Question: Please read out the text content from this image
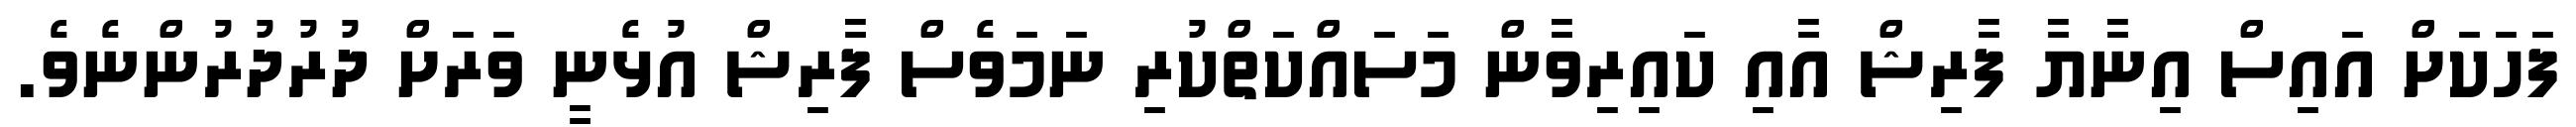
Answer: ފަހަކަށް އައިސް އިނާޔާ ފާރިޝް އާއި ކައިރިވާން މަސައްކަތްކުރި ނަމަވެސް ފާރިޝް އުޅެނީ ވަރަށް ދުރުދުރުންނެވެ.